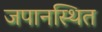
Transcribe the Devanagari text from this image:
जपानस्थित